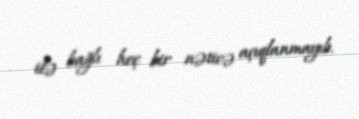
ilə bağlı heç bir nəticə açıqlanmayıb.